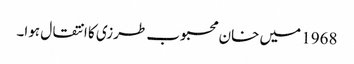
1968 میں خان محبوب طرزی کا انتقال ہوا۔